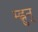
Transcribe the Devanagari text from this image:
म्ह्नुन्